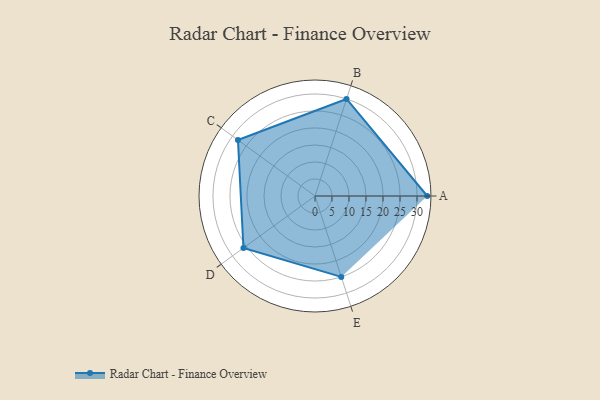
{"axis": {"x": "Skill", "y": "Score"}, "legend": ["Profile"], "data": [{"x": "A", "y": 33.0, "type": "Profile"}, {"x": "B", "y": 30.0, "type": "Profile"}, {"x": "C", "y": 28.0, "type": "Profile"}, {"x": "D", "y": 26.0, "type": "Profile"}, {"x": "E", "y": 25.0, "type": "Profile"}]}